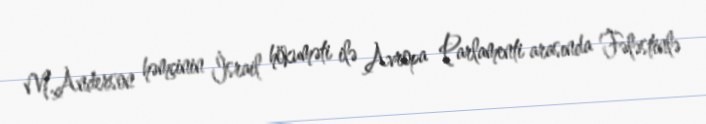
M.Anderson həmçinin İsrail hökuməti ilə Avropa Parlamenti arasında Fələstinlə